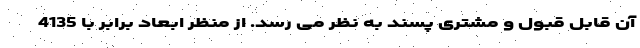
آن قابل قبول و مشتری پسند به نظر می رسد. از منظر ابعاد برابر با 4135